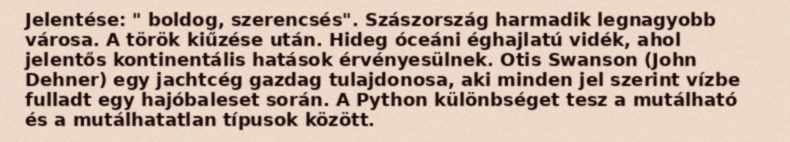
Jelentése: " boldog, szerencsés". Szászország harmadik legnagyobb városa. A török kiűzése után. Hideg óceáni éghajlatú vidék, ahol jelentős kontinentális hatások érvényesülnek. Otis Swanson (John Dehner) egy jachtcég gazdag tulajdonosa, aki minden jel szerint vízbe fulladt egy hajóbaleset során. A Python különbséget tesz a mutálható és a mutálhatatlan típusok között.